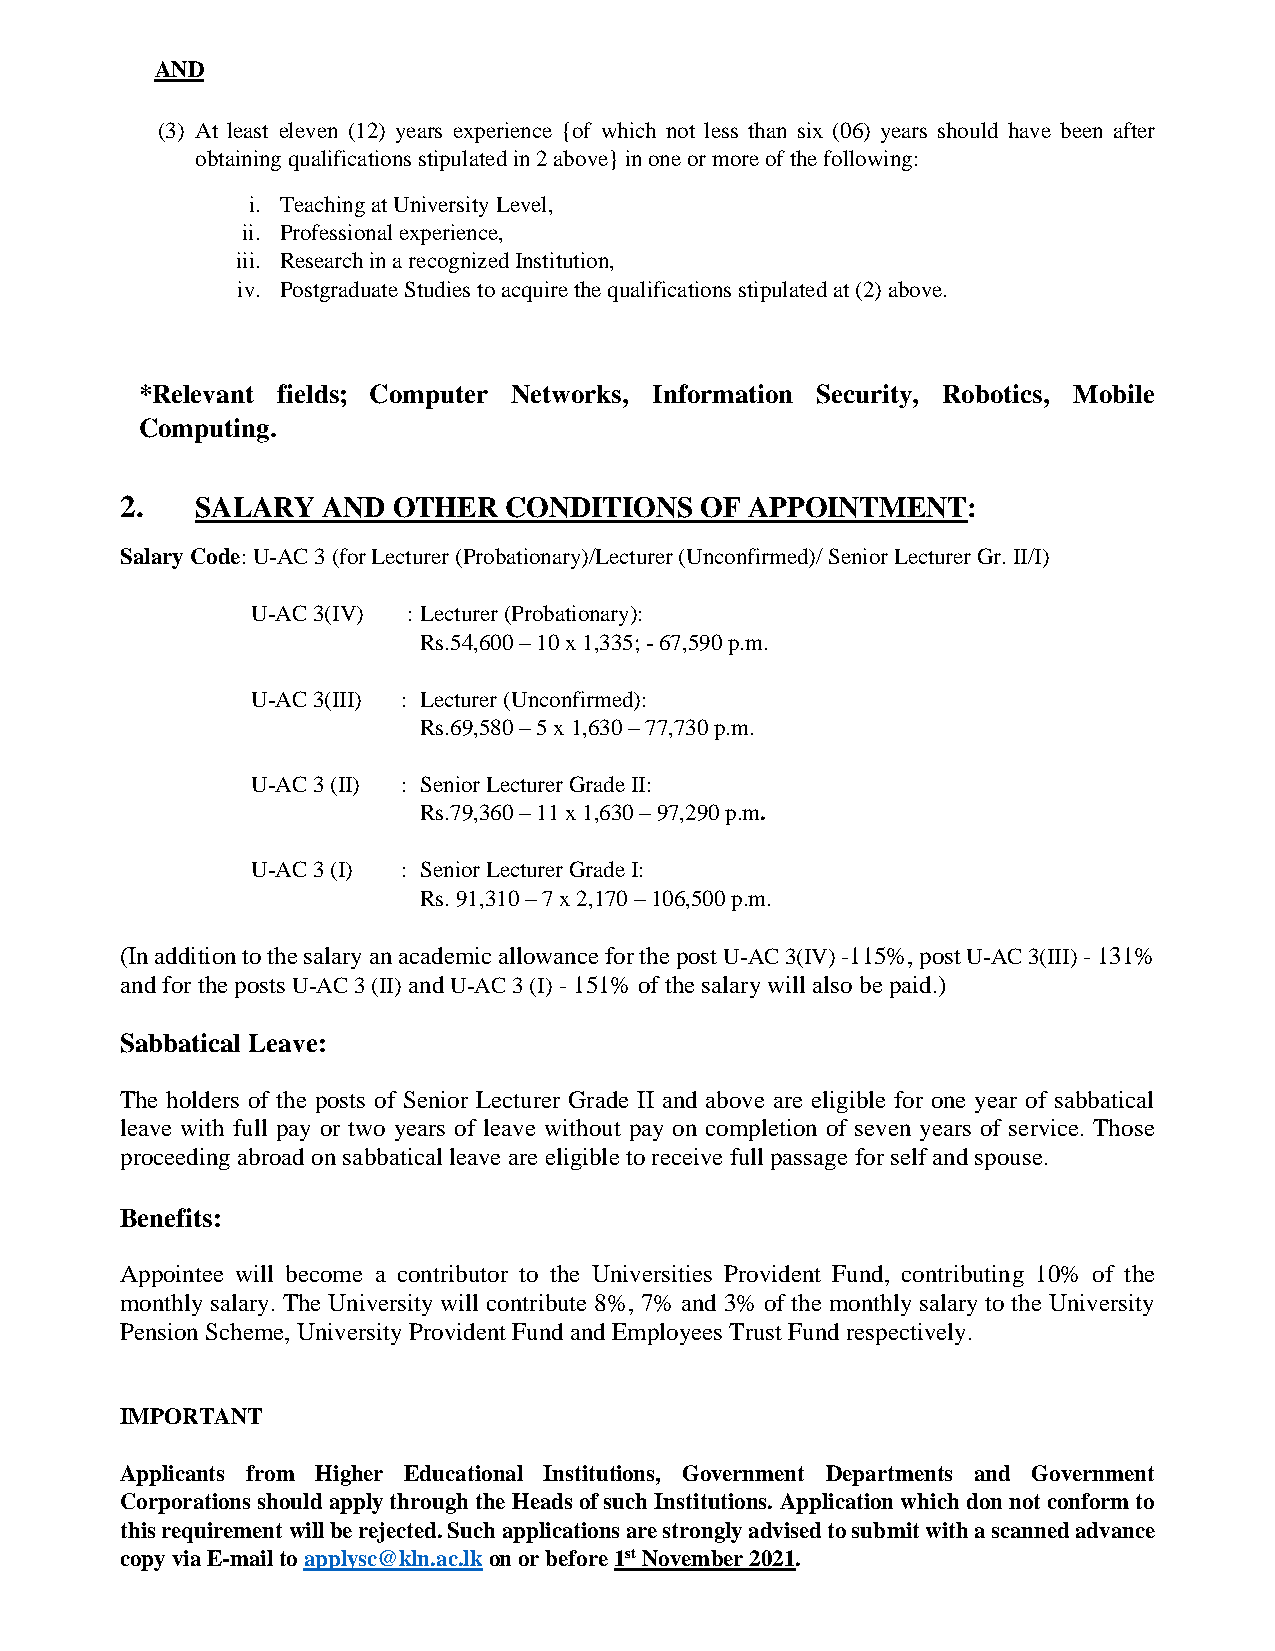
AND
 (3) At least eleven (12) years experience {of which not less than six (06) years should have been after
 obtaining qualifications stipulated in 2 above} in one or more of the following:
 i. Teaching at University Level,
 ii. Professional experience,
 iii. Research in a recognized Institution,
 iv. Postgraduate Studies to acquire the qualifications stipulated at (2) above.
 *Relevant fields; Computer Networks, Information Security, Robotics, Mobile
 Computing.
 2.   SALARY  AND  OTHER  CONDITIONS   OF  APPOINTMENT:
 Salary Code: U-AC 3 (for Lecturer (Probationary)/Lecturer (Unconfirmed)/ Senior Lecturer Gr. II/I)
 U-AC 3(IV) : Lecturer (Probationary):
 Rs.54,600 – 10 x 1,335; - 67,590 p.m.
 U-AC 3(III) : Lecturer (Unconfirmed):
 Rs.69,580 – 5 x 1,630 – 77,730 p.m.
 U-AC 3 (II) : Senior Lecturer Grade II:
 Rs.79,360 – 11 x 1,630 – 97,290 p.m.
 U-AC 3 (I) : Senior Lecturer Grade I:
 Rs. 91,310 – 7 x 2,170 – 106,500 p.m.
 (In addition to the salary an academic allowance for the post U-AC 3(IV) -115%, post U-AC 3(III) - 131%
 and for the posts U-AC 3 (II) and U-AC 3 (I) - 151% of the salary will also be paid.)
 Sabbatical Leave:
 The holders of the posts of Senior Lecturer Grade II and above are eligible for one year of sabbatical
 leave with full pay or two years of leave without pay on completion of seven years of service. Those
 proceeding abroad on sabbatical leave are eligible to receive full passage for self and spouse.
 Benefits:
 Appointee will become a contributor to the Universities Provident Fund, contributing 10% of the
 monthly salary. The University will contribute 8%, 7% and 3% of the monthly salary to the University
 Pension Scheme, University Provident Fund and Employees Trust Fund respectively.
 IMPORTANT
 Applicants from Higher Educational Institutions, Government Departments and Government
 Corporations should apply through the Heads of such Institutions. Application which don not conform to
 this requirement will be rejected. Such applications are strongly advised to submit with a scanned advance
 copy via E-mail to applysc@kln.ac.lk on or before 1st November 2021.